Civil Veterinary Dept. Assam report 1911-1927 - 1911-1927
Year: 1911
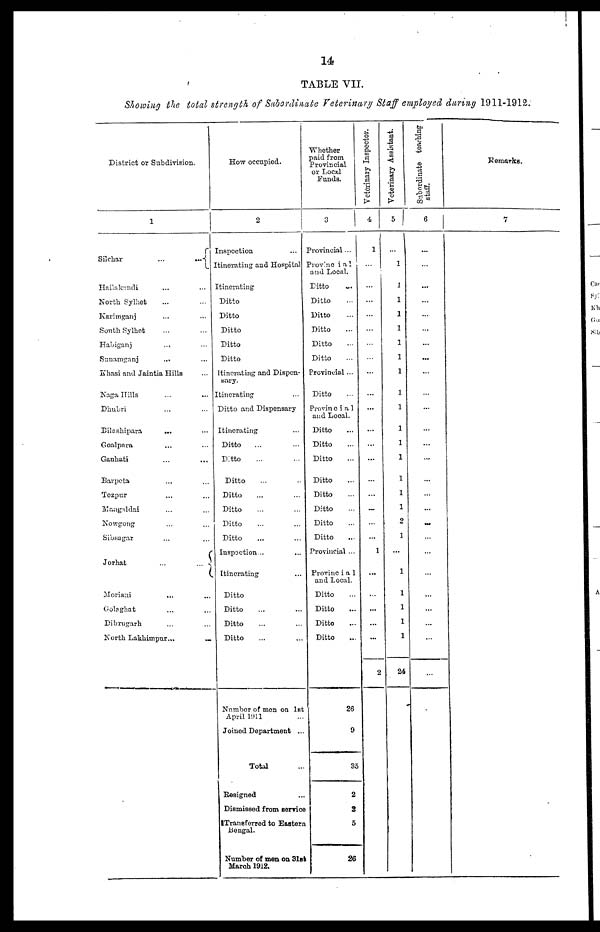
14
TABLE VII.
Showing the total strength of Subordinate Veterinary Staff employed during 1911-1912
District or Subdivision.
1
Silchar ... ...
Hailakandi ... ...
North Sylhet ... ...
Karimganj ... ...
Sonth Sylhet ... ...
Habiganj
...
...
Sanamganj ... ...
Khasi and Jaintia Hills ...
Naga Hills ... ...
Dhubri ... ...
Biloshipara ... ...
Goalpara ... ...
Ganhati ... ...
Barpeta ... ...
Tezpur ... ...
Mangaldai ... ...
Nowgong ... ...
Sibsagar ... ...
Jorhat
...
...
Moriani ... ...
Golaghat ... ...
Dibrngarh ... ...
North Lakhimpur
...
...
How occupied.
2
Inspection ...
Itinerating and Hospital
Itinerating
Ditto
Ditto
Ditto
Ditto
Ditto
Itinerating and Dispen-
sary.
Itinerating ...
Ditto and Dispensary
Itinerating ...
Ditto ... ...
Ditto ... ...
Ditto ... ...
Ditto ... ...
Ditto ... ...
Ditto ... ...
Ditto ... ...
Inspection ... ...
Itinerating ...
Ditto
Ditto ... ...
Ditto ... ...
Ditto ... ...
Number of men on 1st
April 1011
Joined Department ...
Total
Resigned ...
Dismissed from service
Transferred to Eastern
Bengal.
Number of men on 31st
March 1912.
Whether
paid from
Provincial
or Local
Funds.
3
Provincial...
Provinecial ...
and Local.
Ditto ...
Ditto ...
Ditto ...
Ditto ...
Ditto ...
Ditto ...
Provincial...
Ditto ...
Provincial
and Local.
Ditto ...
Ditto ...
Ditto ...
Ditto ...
Ditto ...
Ditto ...
Ditto ...
Ditto ...
Provincial...
Provincial
and Local.
Ditto ...
Ditto
...
Ditto ...
Ditto ...
26
9
35
2
8
5
26
Vetorinary Inspector.
4
1
...
...
...
...
...
...
...
...
...
...
...
...
...
...
...
...
...
...
1
...
...
...
...
...
2
Veterinary Assistant.
5
...
1
...
...
...
...
...
...
...
1
1
1
1
1
1
1
1
2
1
...
1
1
1
1
1
24
Subordinate teaching
staff.
6
...
...
...
...
...
...
...
...
...
...
...
...
...
...
...
...
...
...
...
...
...
...
...
...
...
Remarks.
7